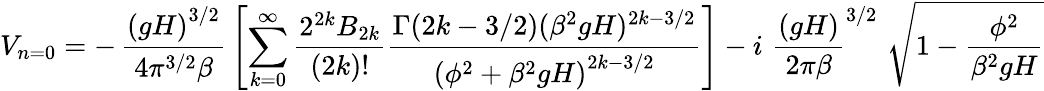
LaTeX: V_{n=0}=-\, \frac{\left(gH\right)^{3/2}}{4\pi^{3/2}\beta}\, \left[\sum_{k=0}^{\infty}\frac{2^{2k}B_{2k}}{(2k)!}\frac{\Gamma(2k-3/2)(\beta^{2}gH)^{2k-3/2}}{\left(\phi^{2}+\beta^{2}gH\right)^{2k-3/2}}\right]-i\, \, {\frac{\left(gH\right)}{2\pi\beta}}^{3/2}\, \, \sqrt{1-\frac{\phi^{2}}{\beta^{2}gH}}